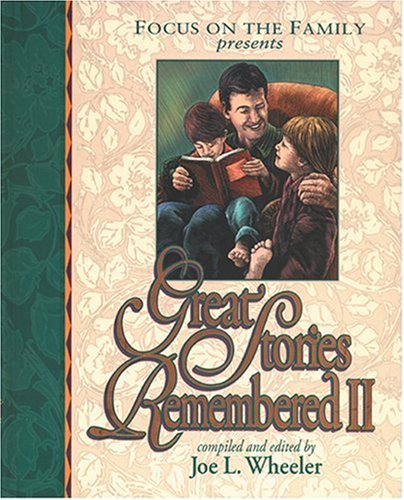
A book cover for Great Stories Remembered II; Joe L. Wheeler; Religion & Spirituality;